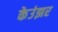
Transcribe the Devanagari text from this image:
केउंझर